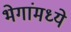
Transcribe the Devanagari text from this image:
भेगांमध्ये